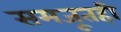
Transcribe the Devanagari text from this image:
समजूतही